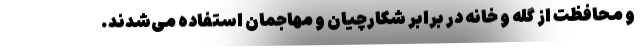
و محافظت از گله‌ و خانه در برابر شکارچیان و مهاجمان استفاده می‌شدند.